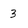
Character: 3